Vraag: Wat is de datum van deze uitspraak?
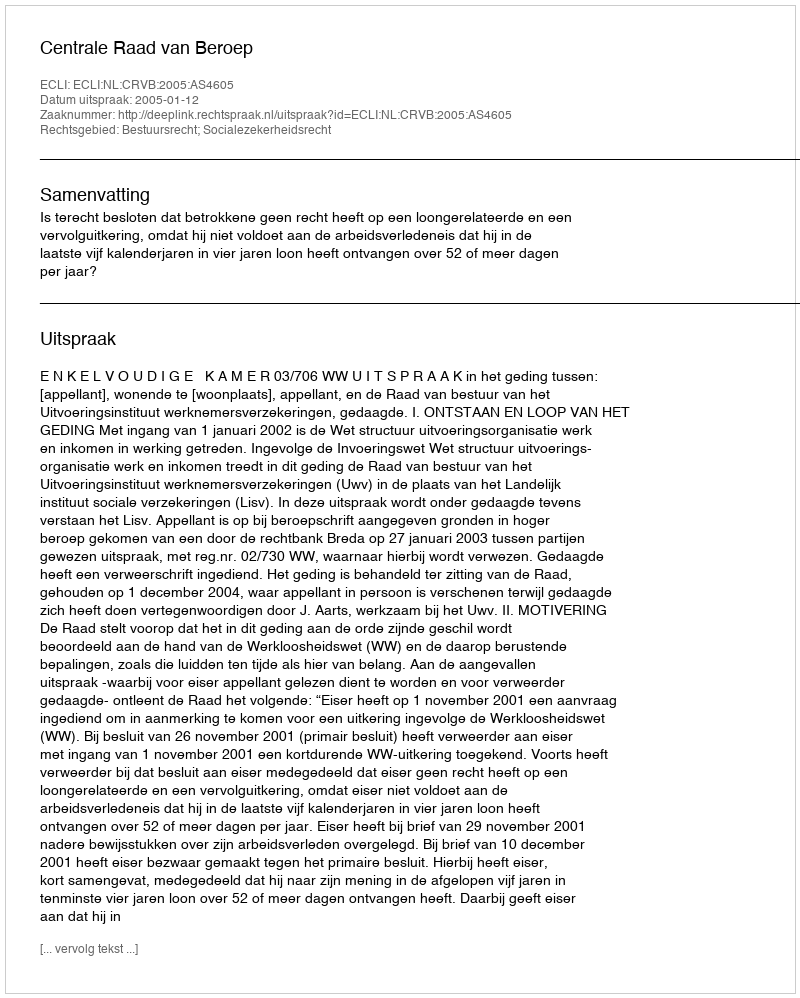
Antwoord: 2005-01-12